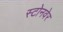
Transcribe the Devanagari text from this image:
स्टोनवेर